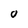
Character: 0